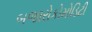
બજારોકોમોડિટી